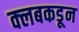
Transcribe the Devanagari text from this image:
क्‍लबकडून